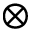
\otimes